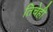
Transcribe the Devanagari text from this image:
तिचेही